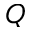
Q